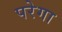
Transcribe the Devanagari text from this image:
परेगा